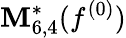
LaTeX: \mathbf{M}_{6,4}^{*}(f^{(0)})